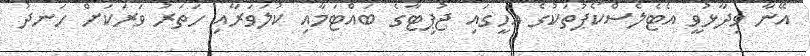
އޭނާ ވިދާޅުވީ އެޓެލެސްކޯޕުތަކުގެ އެހީގައި ޖުޕިޓާގެ ބައްޓަމާއި ކުލަވަރާއި ހަތަރު ވަރަކަށް ހަނދު